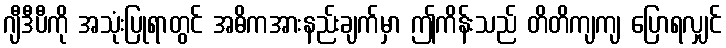
ဂျီဒီပီကို အသုံးပြုရာတွင် အဓိကအားနည်းချက်မှာ ဤကိန်းသည် တိတိကျကျ ပြောရလျှင်